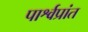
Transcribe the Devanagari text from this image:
पार्श्वप्रांत